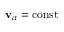
\mathbf { v } _ { \alpha } = \mathrm { c o n s t }